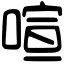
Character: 喧